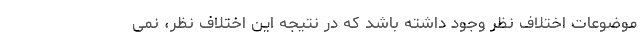
موضوعات اختلاف نظر وجود داشته باشد که در نتیجه این اختلاف نظر، نمی